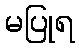
မပြုရ